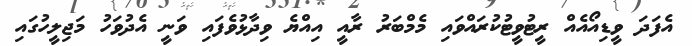
އެފަދަ ވީޑިއޯއެއް ރީޓުވީޓުކުރައްވައި މެމްބަރު ރާއީ އިއްޔެ ވިދާޅުވެފައި ވަނީ އެދުވަހު މަޖިލީހުގައި